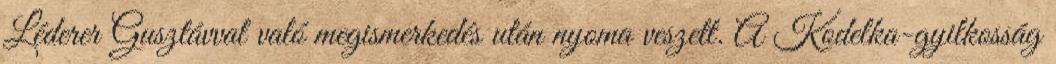
Léderer Gusztávval való megismerkedés után nyoma veszett. A Kodelka-gyilkosság